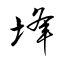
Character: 埄